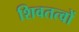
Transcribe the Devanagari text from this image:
शिवतत्वों